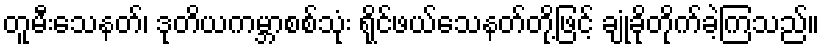
တူမီးသေနတ်၊ ဒုတိယကမ္ဘာစစ်သုံး ရိုင်ဖယ်သေနတ်တို့ဖြင့် ချုံခိုတိုက်ခဲ့ကြသည်။